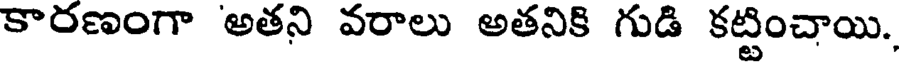
కారణంగా అతని వరాలు అతనికి గుడి కట్టించాయి.,